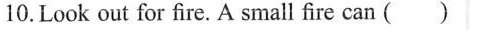
10.Look out for fire.A small fire can ( )